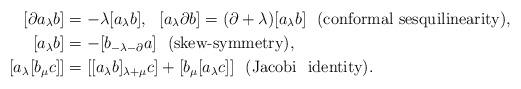
LaTeX: \begin{align*}[\partial a_\lambda b]&=-\lambda[a_\lambda b],\ \ [ a_\lambda \partial b]=(\partial+\lambda)[a_\lambda b] \ \ \mbox{(conformal\ sesquilinearity)},\\{[a_\lambda b]} &= -[b_{-\lambda-\partial}a] \ \ \mbox{(skew-symmetry)},\\{[a_\lambda[b_\mu c]]}&=[[a_\lambda b]_{\lambda+\mu}c]+[b_\mu[a_\lambda c]]\ \ \mbox{(Jacobi \ identity)}.\end{align*}